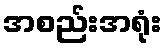
အစည်းအရုံး